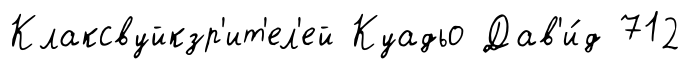
Клаксвуйкзр'ит'ел'ей Куадьо Дав'и́д 712